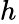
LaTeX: h_{}